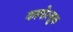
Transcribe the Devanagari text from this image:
कामोत्सुक